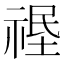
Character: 𱵛